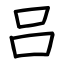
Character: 吕